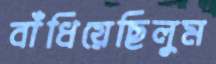
বাঁধিয়েছিলুম